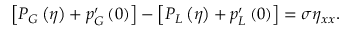
\left[ P _ { G } \left( \eta \right) + p _ { G } ^ { \prime } \left( 0 \right) \right] - \left[ P _ { L } \left( \eta \right) + p _ { L } ^ { \prime } \left( 0 \right) \right] = \sigma \eta _ { x x } .